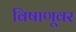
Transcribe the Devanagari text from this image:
विषाणूवर